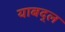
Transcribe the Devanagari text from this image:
याबद्ल